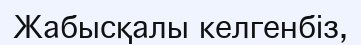
Жабысқалы келгенбіз,